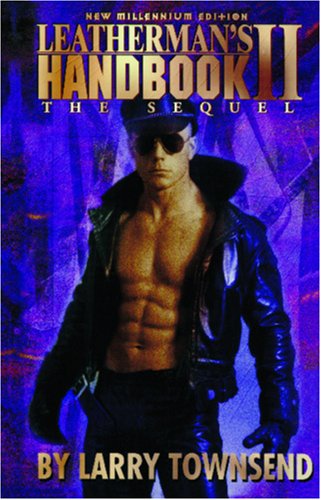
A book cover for Leatherman's Handbook II; Larry Townsend; Gay & Lesbian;